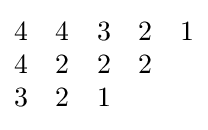
{\begin{matrix}4&4&3&2&1\\4&2&2&2&\\3&2&1&&\end{matrix}}